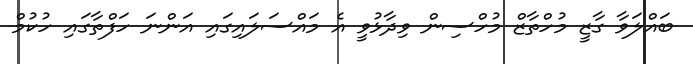
ބައްލަވާ ގާޒީ މުހްތާޒް މުހްސިން ވިދާޅުވީ އެ މައްސަލައިގައި އަންނަ ހަފްތާގައި ހުކުމް